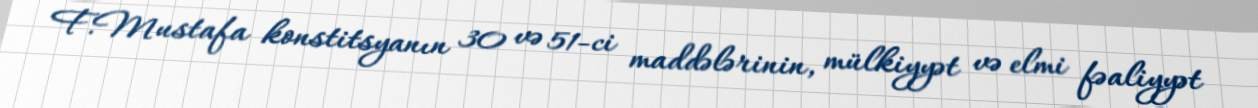
F.Mustafa konstitsyanın 30 və 51-ci maddələrinin, mülkiyyət və elmi fəaliyyət